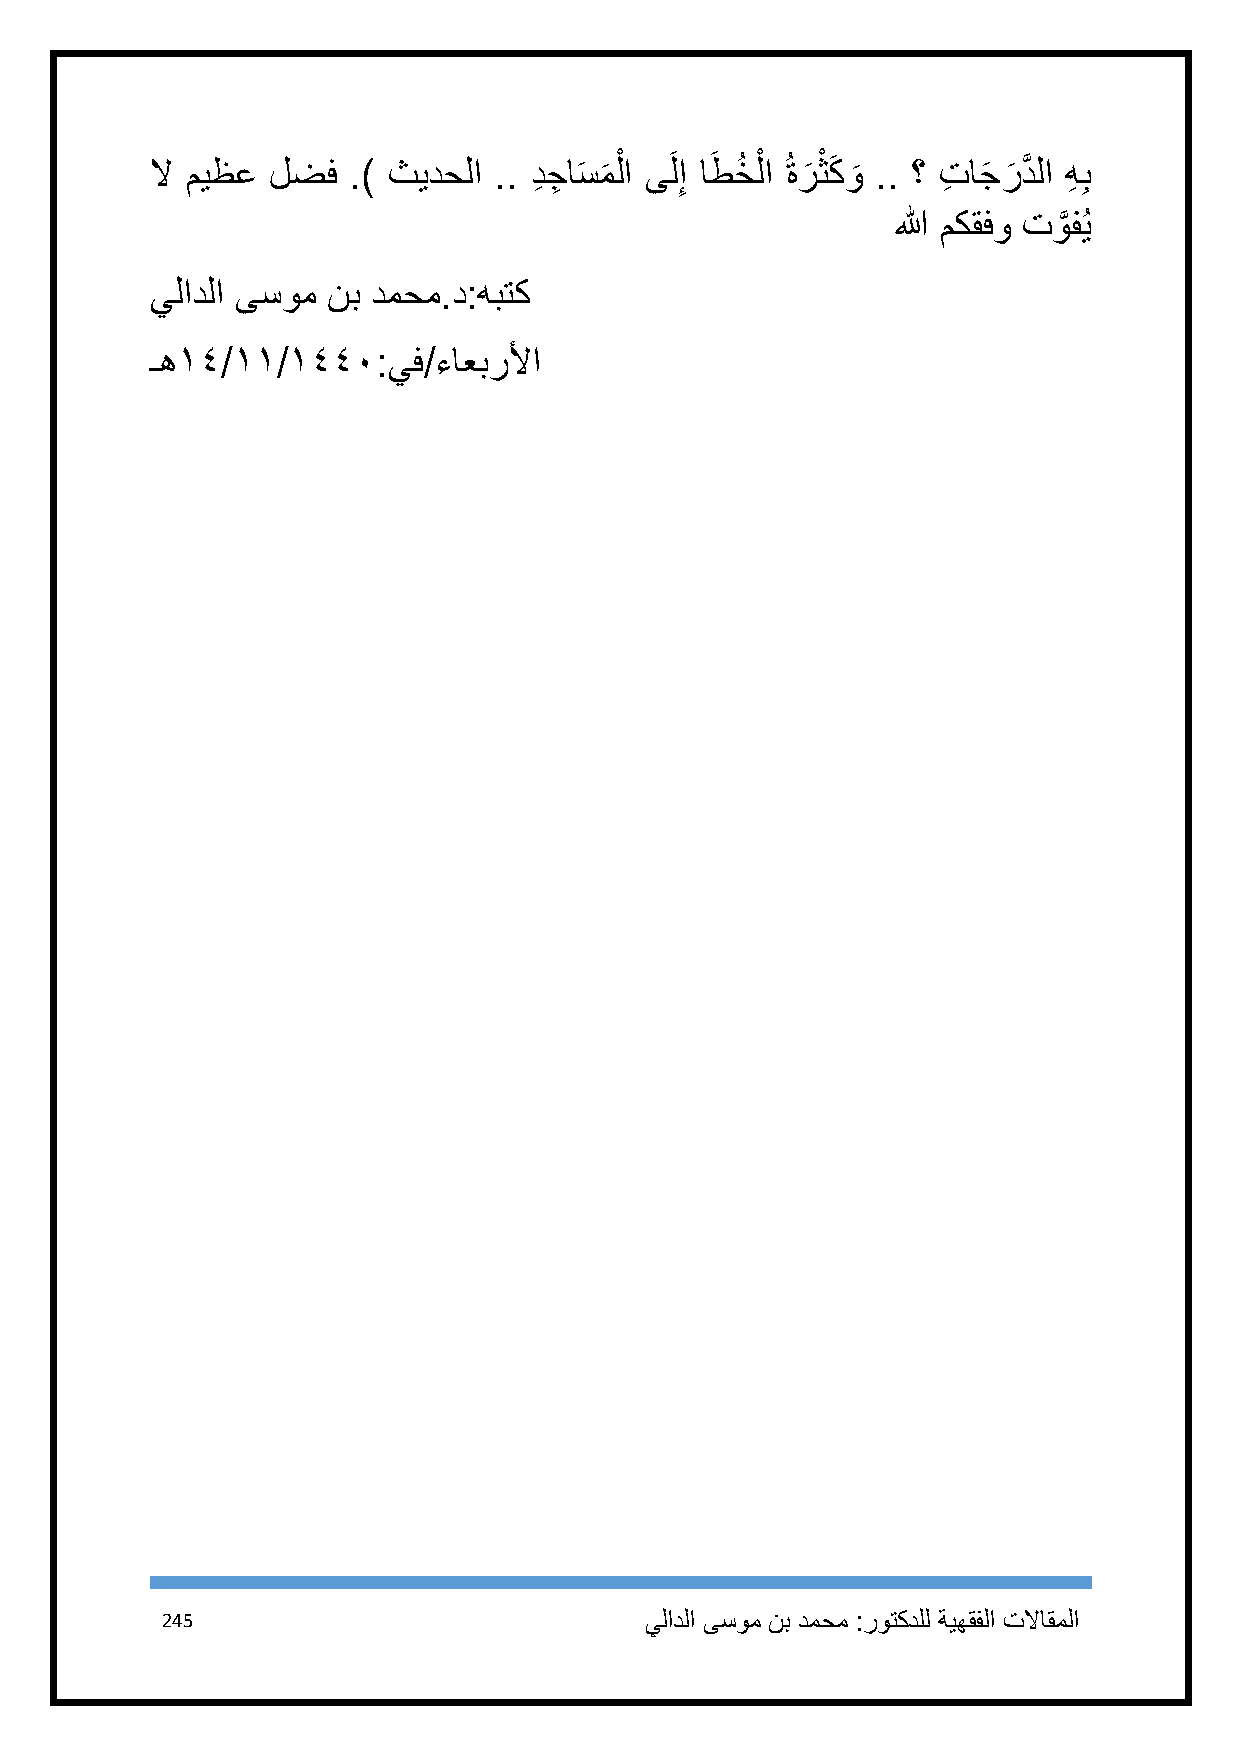
لا ميظع لضف  .) ثيدحلا .. دِ جِ اسَ م
 َ
 لْ ا ىَل ِإ اطَ خُ لْ ا ُ ةرَ ْ ثكَ و
 َ
 .. ؟ تِ اجَ رَ دَّ لا هِ ِب
 الله مكقفو توَّ فُي
 يلادلا ىسوم نب دمحم.د:هبتك
 ـه٠٤/٠٠/٠٤٤١:يف/ءاعبرلأا
 245                             يلادلا ىسوم نب دمحم :روتكدلل ةيهقفلا تلااقملا